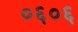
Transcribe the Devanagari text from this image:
०६०६